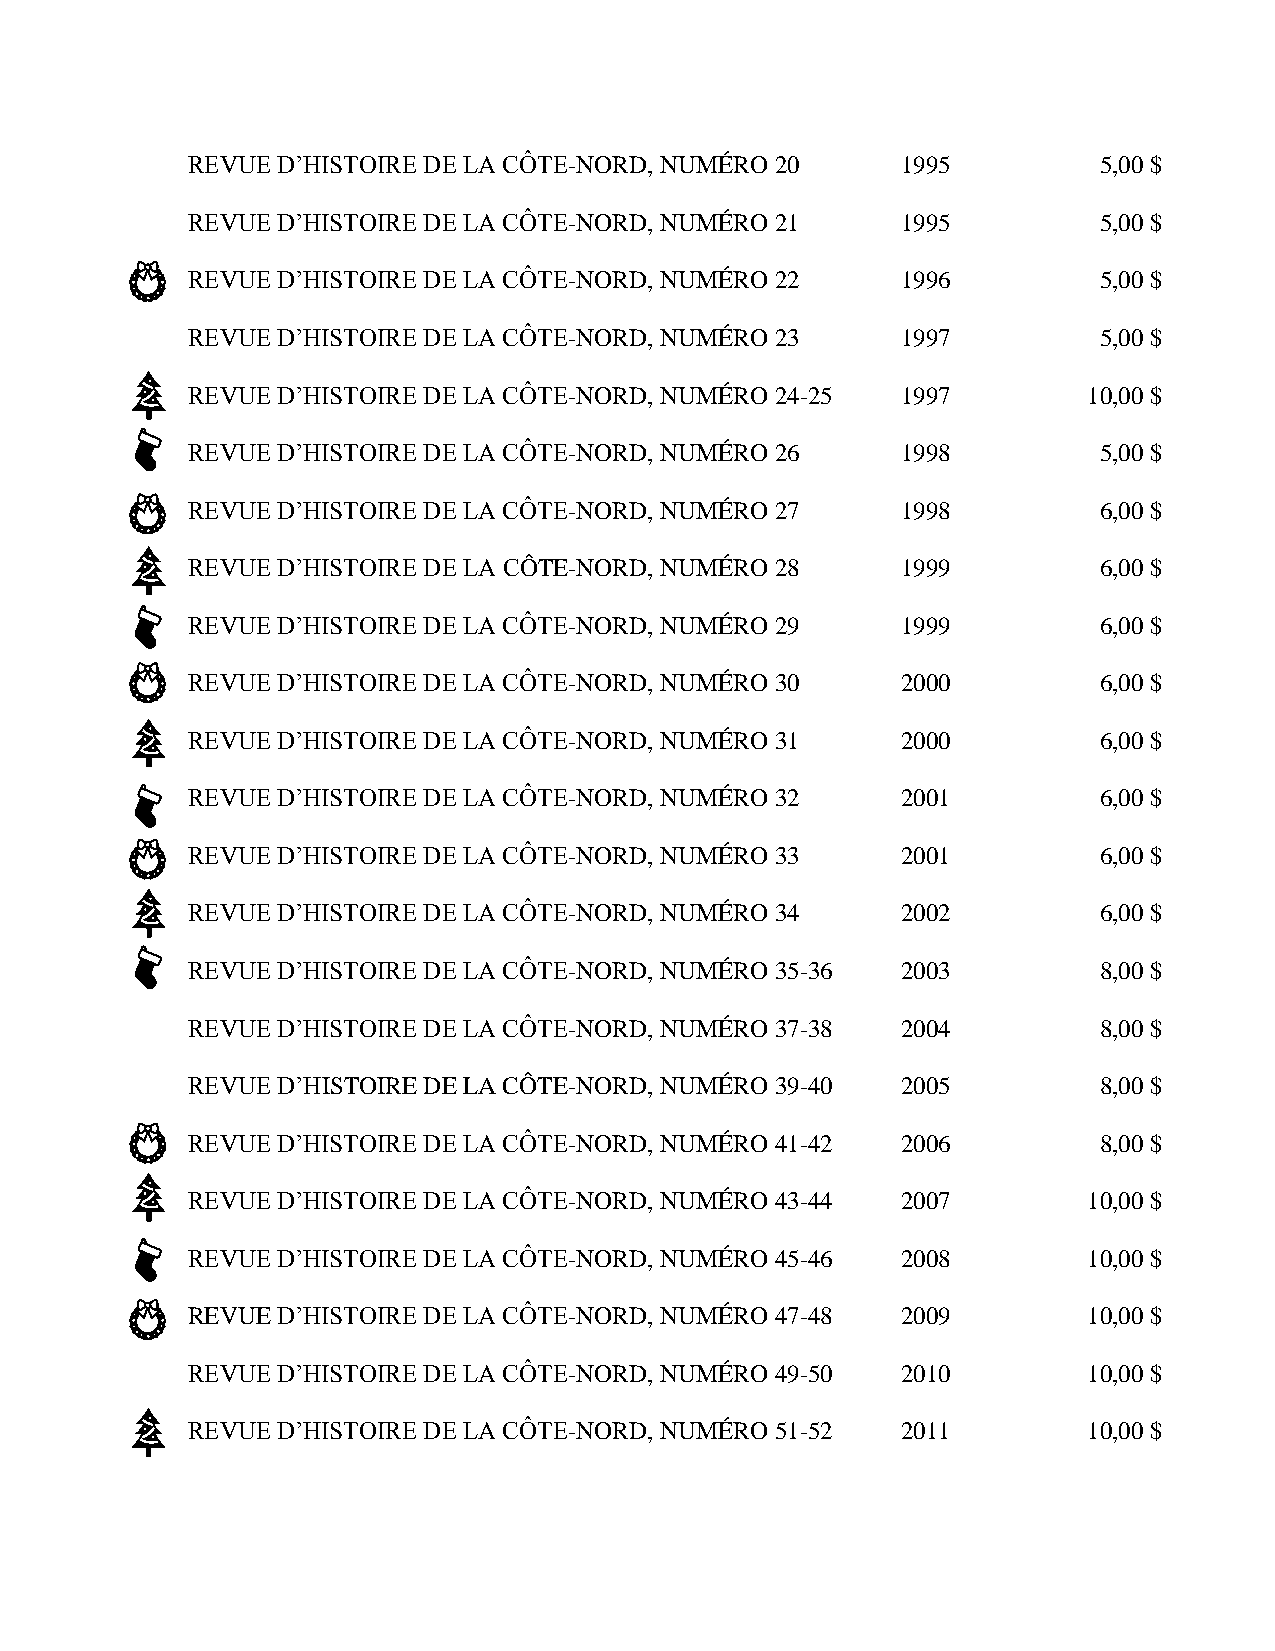
REVUE D’HISTOIRE DE LA CÔTE-NORD, NUMÉRO 20     1995         5,00 $
 REVUE D’HISTOIRE DE LA CÔTE-NORD, NUMÉRO 21     1995         5,00 $
 REVUE D’HISTOIRE DE LA CÔTE-NORD, NUMÉRO 22     1996         5,00 $
 REVUE D’HISTOIRE DE LA CÔTE-NORD, NUMÉRO 23     1997         5,00 $
 REVUE D’HISTOIRE DE LA CÔTE-NORD, NUMÉRO 24-25  1997        10,00 $
 REVUE D’HISTOIRE DE LA CÔTE-NORD, NUMÉRO 26     1998         5,00 $
 REVUE D’HISTOIRE DE LA CÔTE-NORD, NUMÉRO 27     1998         6,00 $
 REVUE D’HISTOIRE DE LA CÔTE-NORD, NUMÉRO 28     1999         6,00 $
 REVUE D’HISTOIRE DE LA CÔTE-NORD, NUMÉRO 29     1999         6,00 $
 REVUE D’HISTOIRE DE LA CÔTE-NORD, NUMÉRO 30     2000         6,00 $
 REVUE D’HISTOIRE DE LA CÔTE-NORD, NUMÉRO 31     2000         6,00 $
 REVUE D’HISTOIRE DE LA CÔTE-NORD, NUMÉRO 32     2001         6,00 $
 REVUE D’HISTOIRE DE LA CÔTE-NORD, NUMÉRO 33     2001         6,00 $
 REVUE D’HISTOIRE DE LA CÔTE-NORD, NUMÉRO 34     2002         6,00 $
 REVUE D’HISTOIRE DE LA CÔTE-NORD, NUMÉRO 35-36  2003         8,00 $
 REVUE D’HISTOIRE DE LA CÔTE-NORD, NUMÉRO 37-38  2004         8,00 $
 REVUE D’HISTOIRE DE LA CÔTE-NORD, NUMÉRO 39-40  2005         8,00 $
 REVUE D’HISTOIRE DE LA CÔTE-NORD, NUMÉRO 41-42  2006         8,00 $
 REVUE D’HISTOIRE DE LA CÔTE-NORD, NUMÉRO 43-44  2007        10,00 $
 REVUE D’HISTOIRE DE LA CÔTE-NORD, NUMÉRO 45-46  2008        10,00 $
 REVUE D’HISTOIRE DE LA CÔTE-NORD, NUMÉRO 47-48  2009        10,00 $
 REVUE D’HISTOIRE DE LA CÔTE-NORD, NUMÉRO 49-50  2010        10,00 $
 REVUE D’HISTOIRE DE LA CÔTE-NORD, NUMÉRO 51-52  2011        10,00 $